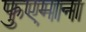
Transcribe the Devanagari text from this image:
फुएमाना